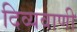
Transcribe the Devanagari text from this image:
दिव्यवाणी